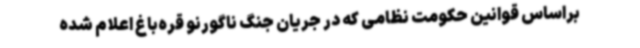
براساس قوانین حکومت نظامی که در جریان جنگ ناگورنو قره‌باغ اعلام شده